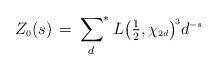
LaTeX: \begin{align*} Z_{\scriptscriptstyle 0}(s)\, = \sideset{}{^*}\sum_{d} L\big(\tfrac{1}{2}, \chi_{\scriptscriptstyle 2 d} \big)^{\! \scriptscriptstyle 3} d^{\scriptscriptstyle - s}\end{align*}